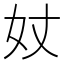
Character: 𡚹